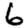
Digit: 6